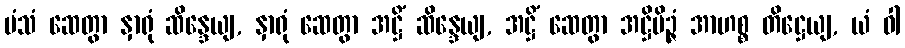
မံသံ ဆေတွာ နှာရုံ ဆိန္ဒေယျ, နှာရုံ ဆေတွာ အဋ္ဌိံ ဆိန္ဒေယျ, အဋ္ဌိံ ဆေတွာ အဋ္ဌိမိဉ္ဇံ အာဟစ္စ တိဋ္ဌေယျ, ယံ ဝါ